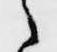
之